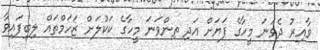
ވާއިރު ދެވަނަ މީހާގެ ފަޔަށް އަދި ތިންވަނަ މީހާގެ ކަކުލަށް ޒަހަމްތައް ލިބިފައިވާ